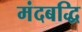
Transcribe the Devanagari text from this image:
मंदबद्धि